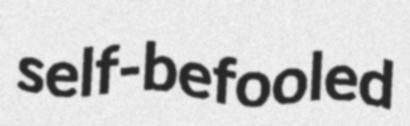
self-befooled